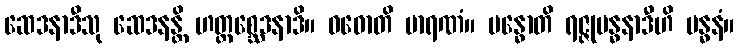
ဆေဒနာဒီသု ဆေဒနန္တိ ဟတ္ထစ္ဆေဒနာဒိ။ ဝဓောတိ မာရဏံ။ ဗန္ဓောတိ ရဇ္ဇုဗန္ဓနာဒီဟိ ဗန္ဓနံ။